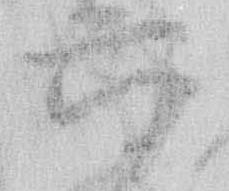
六